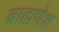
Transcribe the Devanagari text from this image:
ब्राह्मणेश